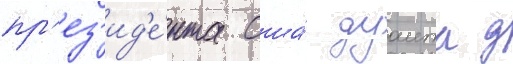
пр'ез'ид'е́нта сша́ дуаита д